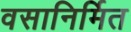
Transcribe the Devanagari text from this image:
वसानिर्मित